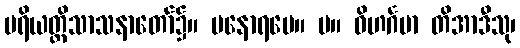
ပရိယတ္တိသာသနာတော်၌။ မနောရမေ။ ပ။ ဝိဟင်္ဂမာ တိအာဒီသု၊